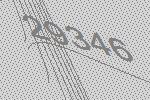
29346